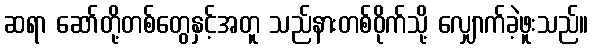
ဆရာ ဆော်တို့တစ်တွေနှင့်အတူ သည်နားတစ်ဝိုက်သို့ လျှောက်ခဲ့ဖူးသည်။